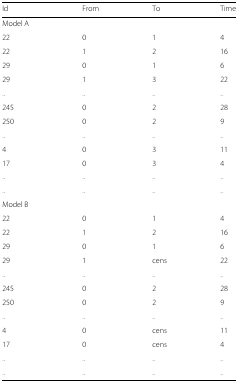
<table><thead><tr><td><b>Id</b></td><td><b>From</b></td><td><b>To</b></td><td><b>Time</b></td></tr></thead><tbody><tr><td>Model A</td><td></td><td></td><td></td></tr><tr><td>22</td><td>0</td><td>1</td><td>4</td></tr><tr><td>22</td><td>1</td><td>2</td><td>16</td></tr><tr><td>29</td><td>0</td><td>1</td><td>6</td></tr><tr><td>29</td><td>1</td><td>3</td><td>22</td></tr><tr><td>..</td><td>..</td><td>..</td><td>..</td></tr><tr><td>245</td><td>0</td><td>2</td><td>28</td></tr><tr><td>250</td><td>0</td><td>2</td><td>9</td></tr><tr><td>..</td><td>..</td><td>..</td><td>..</td></tr><tr><td>4</td><td>0</td><td>3</td><td>11</td></tr><tr><td>17</td><td>0</td><td>3</td><td>4</td></tr><tr><td>..</td><td>..</td><td>..</td><td>..</td></tr><tr><td>..</td><td>..</td><td>..</td><td>..</td></tr><tr><td>Model B</td><td></td><td></td><td></td></tr><tr><td>22</td><td>0</td><td>1</td><td>4</td></tr><tr><td>22</td><td>1</td><td>2</td><td>16</td></tr><tr><td>29</td><td>0</td><td>1</td><td>6</td></tr><tr><td>29</td><td>1</td><td>cens</td><td>22</td></tr><tr><td>..</td><td>..</td><td>..</td><td>..</td></tr><tr><td>245</td><td>0</td><td>2</td><td>28</td></tr><tr><td>250</td><td>0</td><td>2</td><td>9</td></tr><tr><td>..</td><td>..</td><td>..</td><td>..</td></tr><tr><td>4</td><td>0</td><td>cens</td><td>11</td></tr><tr><td>17</td><td>0</td><td>cens</td><td>4</td></tr><tr><td>..</td><td>..</td><td>..</td><td>..</td></tr><tr><td>..</td><td>..</td><td>..</td><td>..</td></tr></tbody></table>